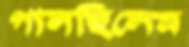
গালছিলেম